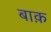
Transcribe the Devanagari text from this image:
बाक़